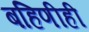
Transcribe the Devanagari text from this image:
बहिणीही